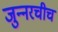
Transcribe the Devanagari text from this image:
जुन्‍नरचीच